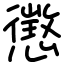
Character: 懲